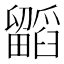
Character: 𭻷